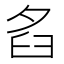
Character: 𦥜